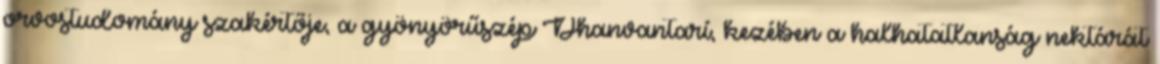
orvostudomány szakértője, a gyönyörűszép Dhanvantarí, kezében a halhatatlanság nektárát